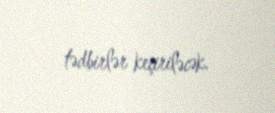
tədbirlər keçiriləcək.